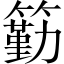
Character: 𥵚